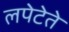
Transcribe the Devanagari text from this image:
लपेटेते